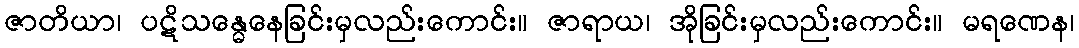
ဇာတိယာ၊ ပဋိသန္ဓေနေခြင်းမှလည်းကောင်း။ ဇာရာယ၊ အိုခြင်းမှလည်းကောင်း။ မရဏေန၊